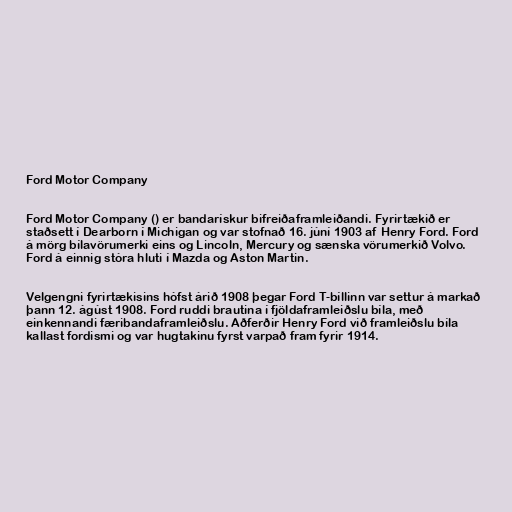
Ford Motor Company

Ford Motor Company () er bandarískur bifreiðaframleiðandi. Fyrirtækið er
staðsett í Dearborn í Michigan og var stofnað 16. júní 1903 af Henry Ford. Ford
á mörg bílavörumerki eins og Lincoln, Mercury og sænska vörumerkið Volvo.
Ford á einnig stóra hluti í Mazda og Aston Martin.

Velgengni fyrirtækisins hófst árið 1908 þegar Ford T-bíllinn var settur á markað
þann 12. ágúst 1908. Ford ruddi brautina í fjöldaframleiðslu bíla, með
einkennandi færibandaframleiðslu. Aðferðir Henry Ford við framleiðslu bíla
kallast fordismi og var hugtakinu fyrst varpað fram fyrir 1914.